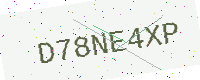
Text: D78NE4XP